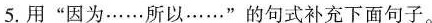
5.用”因为……所以……”的句式补充下面句子。